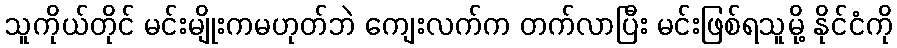
သူကိုယ်တိုင် မင်းမျိုးကမဟုတ်ဘဲ ကျေးလက်က တက်လာပြီး မင်းဖြစ်ရသူမို့ နိုင်ငံကို